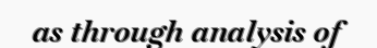
as through analysis of